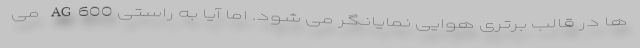
ها در قالب برتری هوایی نمایانگر می شود. اما آیا به راستی AG600 می